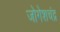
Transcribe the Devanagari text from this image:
जोगेशचंद्र